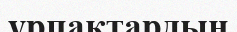
ұрпақтардың